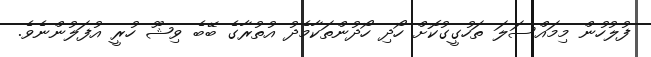
ފުލުހުން މިމައްސަލަ ތަހުގީގުކޮށް ހޯޯދި ހޯދުންތަކާމެދު އުތުރާގެ ބޭބެ ވިޝޫ ހުރީ އުފަލުންނެވެ.